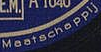
Maatschappij